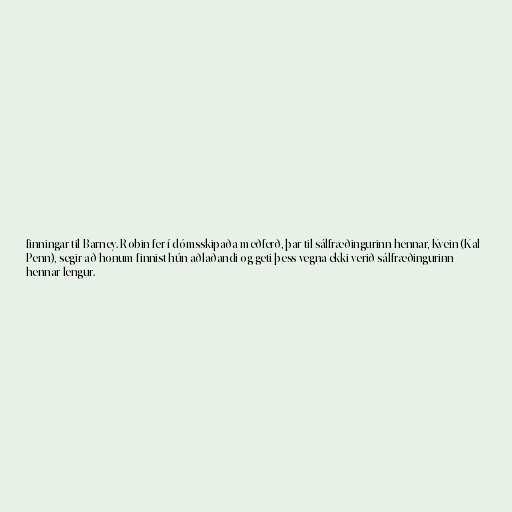
finningar til Barney. Robin fer í dómsskipaða meðferð, þar til sálfræðingurinn hennar, Kvein (Kal
Penn), segir að honum finnist hún aðlaðandi og geti þess vegna ekki verið sálfræðingurinn
hennar lengur.